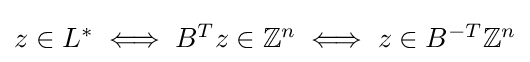
{\textstyle z\in L^{*}\iff B^{T}z\in \mathbb {Z} ^{n}\iff z\in B^{-T}\mathbb {Z} ^{n}}